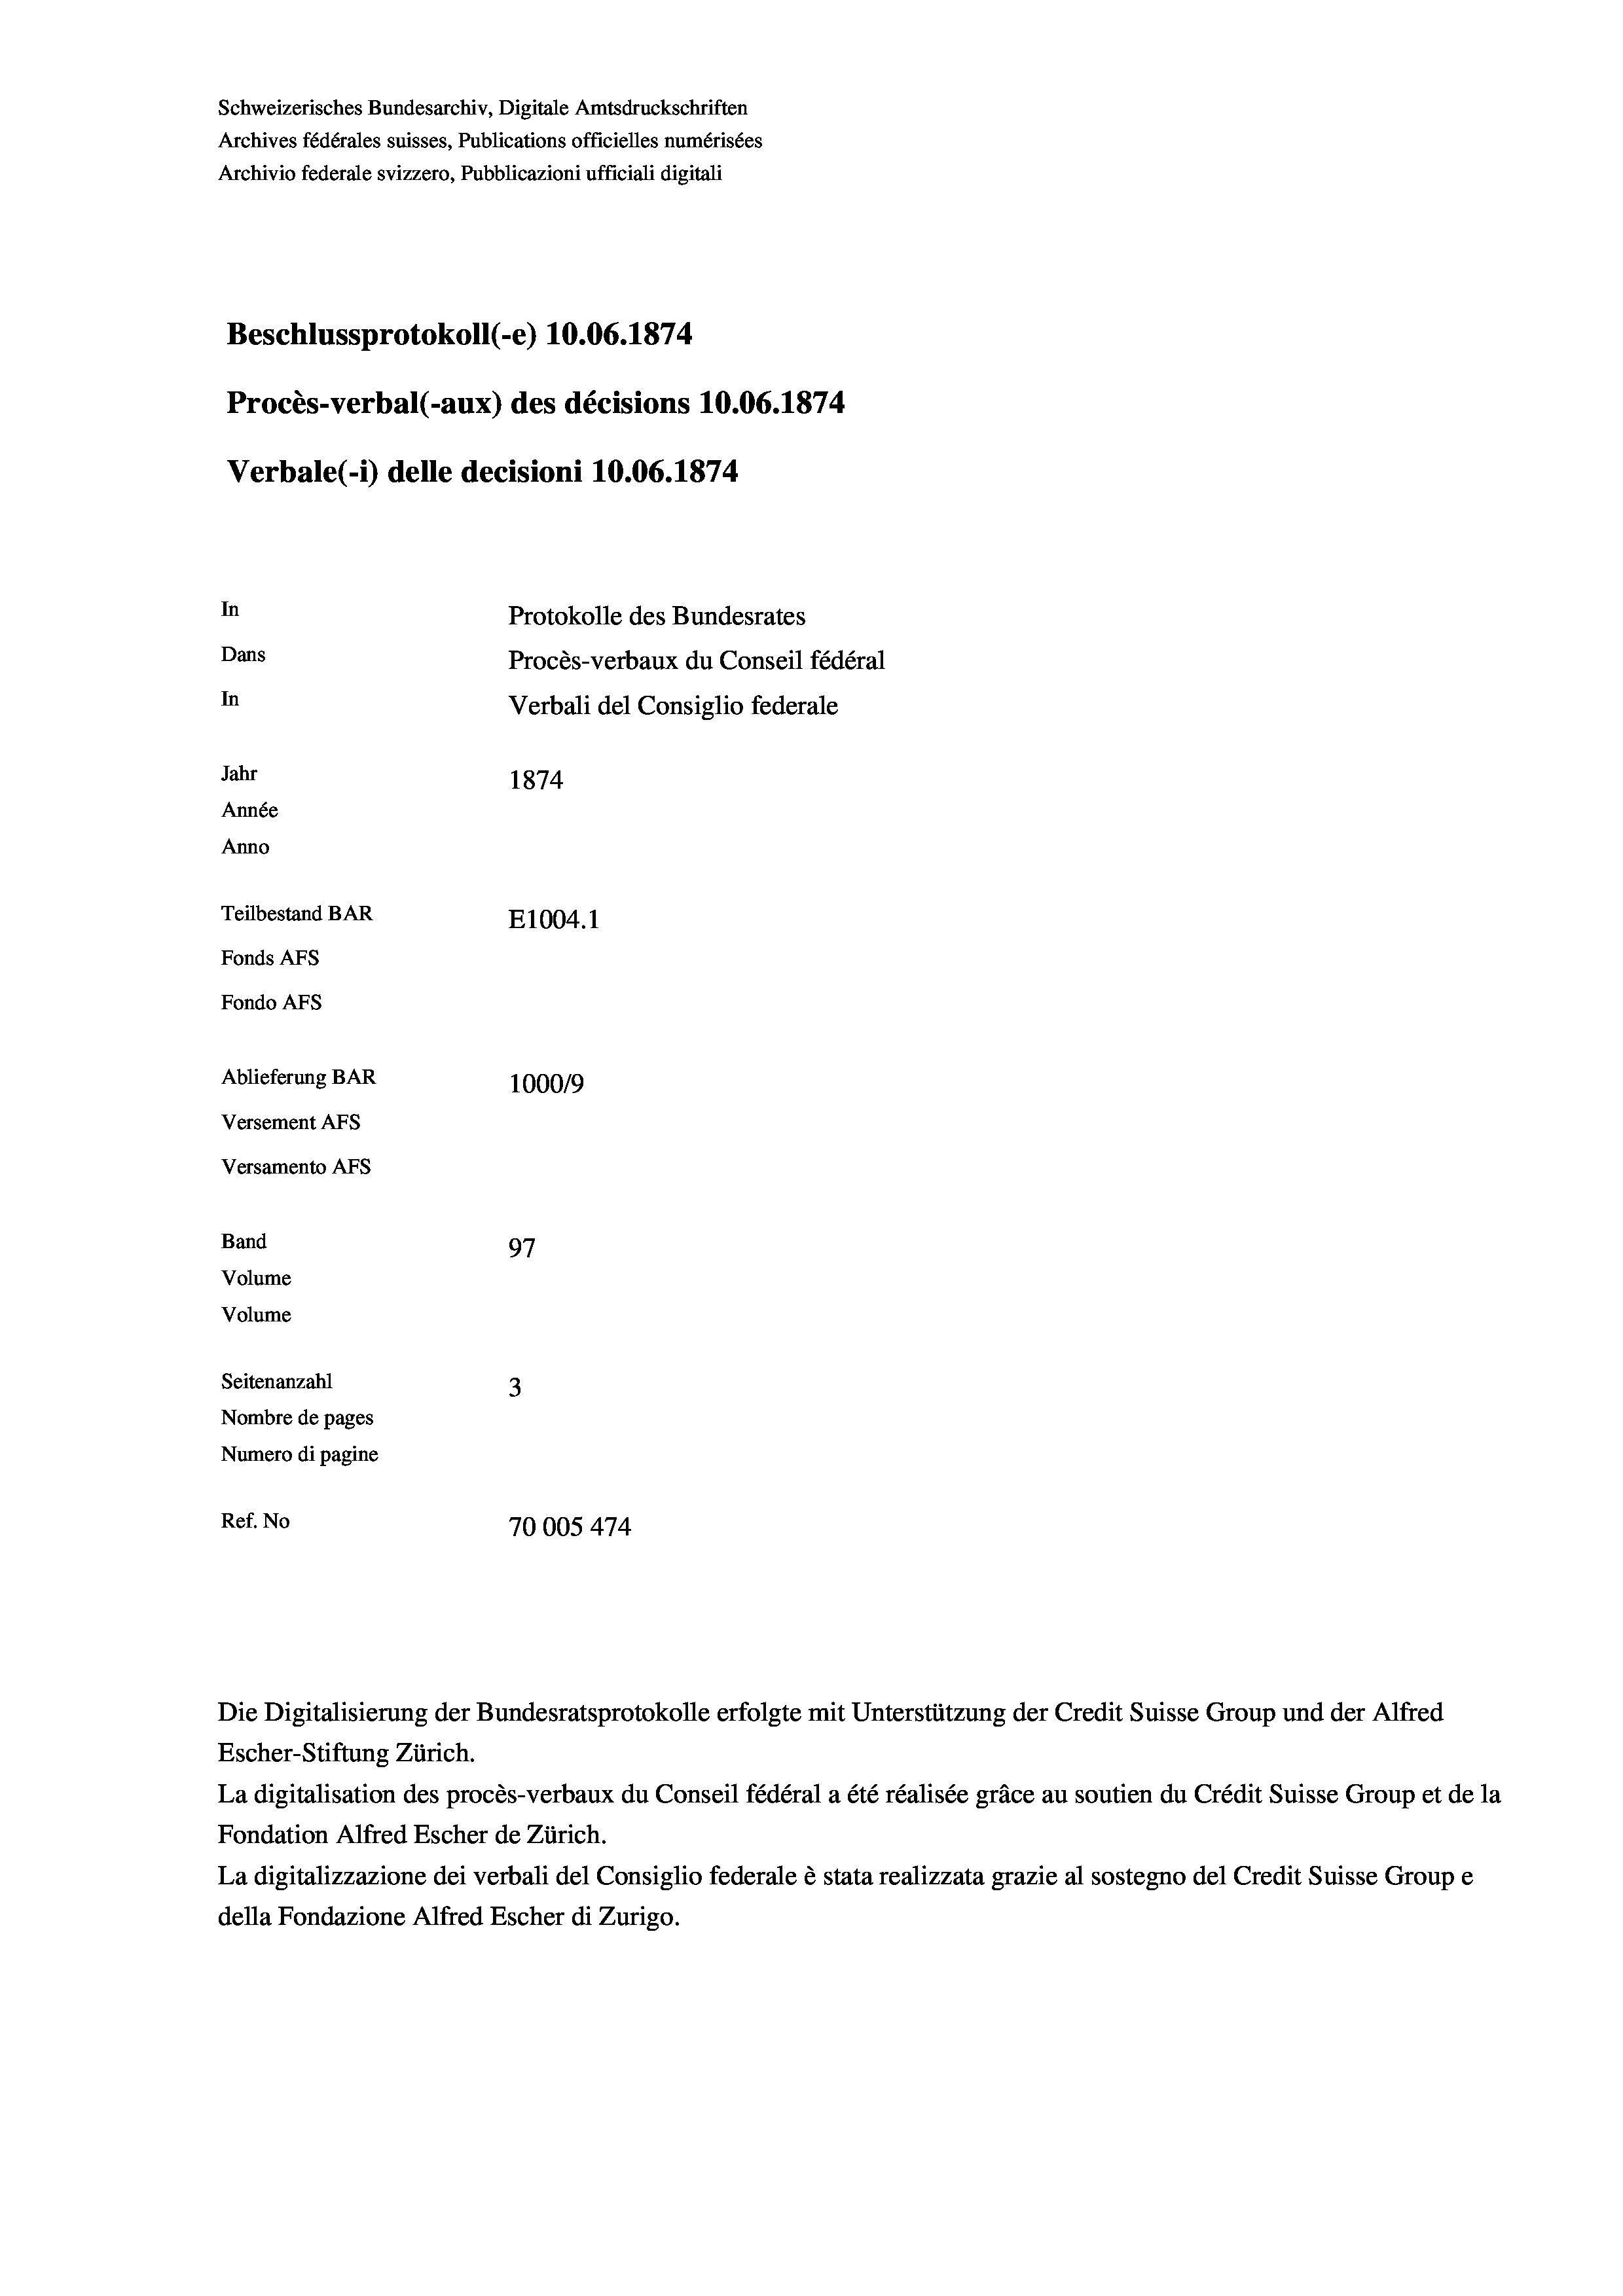
Schweizerisches Bundesarchiv, Digitale Amtsdruckschriften
Archives fédérales suisses, Publications officielles numérisées
Archivio federale svizzero, Pubblicazioni ufficiali digitali
Beschlussprotokoll (-e) 10.06. 1874.
Procès-verbal (-aux) des décisions 10.06. 1874
Verbale (i) delle decisioni 10.06. 1874
In
Protokolle des Bundesrates
Dans
Procès-verbaux du Conseil fédéral
In
Verbali del Consiglio federale
Jahr
1874
Année
Anno
Teilbestand BAR
E1004. 1
Fonds Afs
Fondo AFs
Ablieferung BAR
100019
Versement AFS
Versamento Afs
Band
97
Volume
Volume
Seitenanzahl
3
Nombre de pages
Numero di pagine
Ref. No
70005 474

Die Digitalisierung der Bundesratsprotokolle erfolgte mit Unterstützung der Credit Suisse Group und der Alfred
Escher-Stiftung Zürich.
La digitalisation des procès-verbaux du Conseil fédéral a été réalisée gräce au soutien du Crédit Suisse Group et de la
Fondation Alfred Escher de Zürich.
La digitalizzazione dei verbali del Consiglio federale è stata realizzata grazie al sostegno del Credit Suisse Groupe
della Fondazione Alfred Escher di Zurigo.